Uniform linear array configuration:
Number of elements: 4
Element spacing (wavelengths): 1
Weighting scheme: blackman
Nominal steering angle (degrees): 60
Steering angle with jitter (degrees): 60.823
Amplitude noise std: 0.05
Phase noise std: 0.05

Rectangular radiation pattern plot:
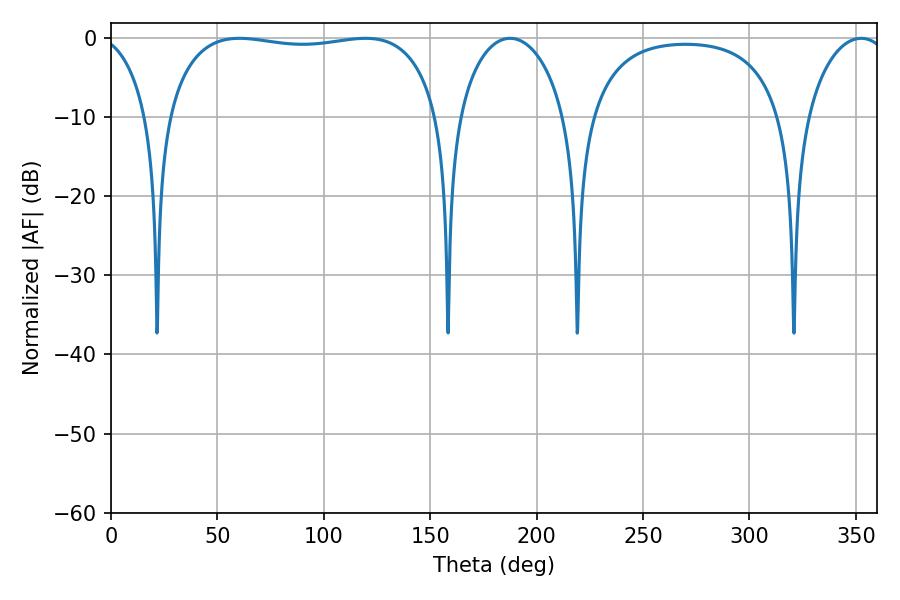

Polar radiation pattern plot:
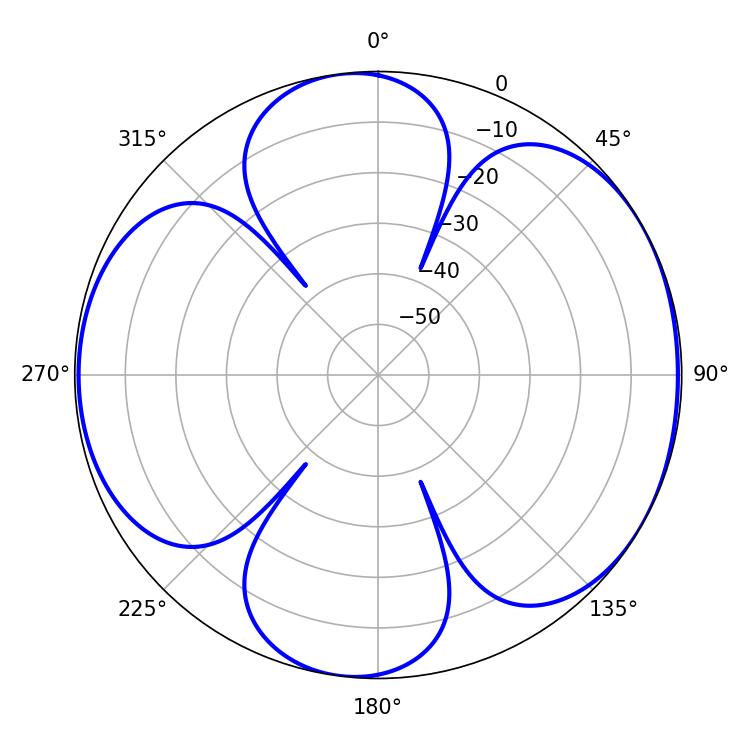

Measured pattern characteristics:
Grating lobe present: TRUE
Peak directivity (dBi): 6.116
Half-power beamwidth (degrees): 103.32
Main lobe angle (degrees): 60.3